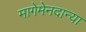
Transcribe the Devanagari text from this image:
मागेमेनदान्या